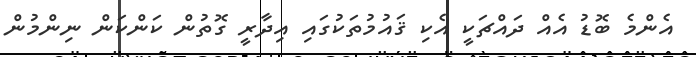
އެންމެ ބޮޑު އެއް ދައްޗަކީ އެކި ޤައުމުތަކުގައި އިދާރީ ގޮތުން ކަންކަން ނިންމުން